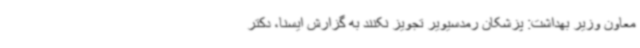
معاون وزیر بهداشت: پزشکان رمدسیویر تجویز نکنند به گزارش ایسنا، دکتر